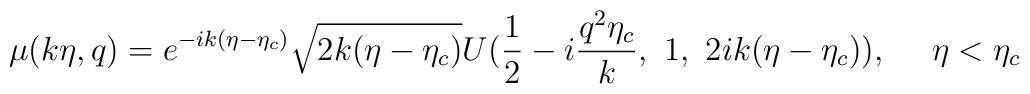
\mu(k\eta,q)= e^{-ik(\eta-\eta_c)} \sqrt{2k(\eta-\eta_c)}U(\frac{1}{2}-i\frac{q^2\eta_c}{k},~1,~2ik(\eta-\eta_c)),~~~~\eta<\eta_c